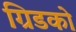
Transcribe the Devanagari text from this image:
ग्रिडको